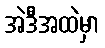
အဲဒီအထဲမှာ